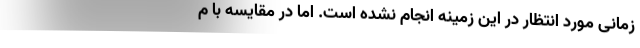
زمانی مورد انتظار در این زمینه انجام نشده است. اما در مقایسه با م